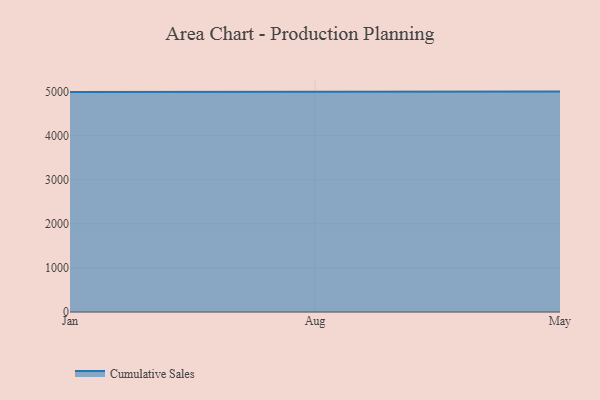
{"axis": {"x": "Month", "y": "Churn Rate (%)"}, "legend": ["Cumulative Sales"], "data": [{"x": "Jan", "y": 4989.8, "type": "Cumulative Sales"}, {"x": "Aug", "y": 5000, "type": "Cumulative Sales"}, {"x": "May", "y": 5000, "type": "Cumulative Sales"}]}